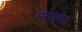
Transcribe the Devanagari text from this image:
मसावात